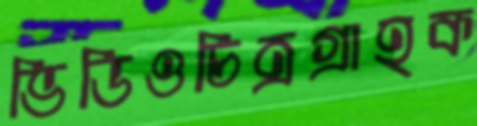
ভিডিওচিত্রগ্রাহক